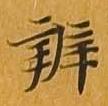
弁